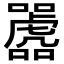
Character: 𫬲